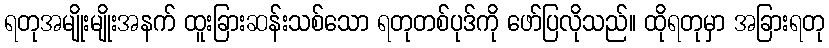
ရတုအမျိုးမျိုးအနက် ထူးခြားဆန်းသစ်သော ရတုတစ်ပုဒ်ကို ဖော်ပြလိုသည်။ ထိုရတုမှာ အခြားရတု